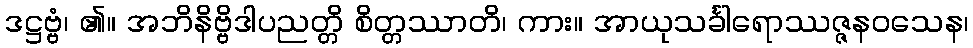
ဒဋ္ဌဗ္ဗံ၊ ၏။ အဘိနိဗ္ဗိဒါပညတ္တိ စိတ္တဿာတိ၊ ကား။ အာယုသင်္ခါရောဿဇ္ဇနဝသေန၊